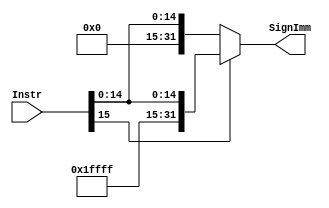
module SignExtend (
    output reg  [31:0] SignImm,
    input  wire [15:0] Instr
);
    always @(*) begin
        if (Instr[15]) begin
            SignImm = { { 16 {1'b1} } ,Instr };
        end
        else SignImm = { { 16 {1'b0} } ,Instr }; 
    end
endmodule